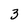
Character: 3